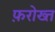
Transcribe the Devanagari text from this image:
फ़रोख्त